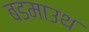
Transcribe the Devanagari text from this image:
बडमाउथ